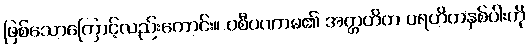
ဖြစ်သောကြောင့်လည်းကောင်း။ ဝစီပဏာမ၏ အတ္တဟိတ ပရဟိတနှစ်ပါးကို